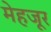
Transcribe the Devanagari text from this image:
मेहजूर